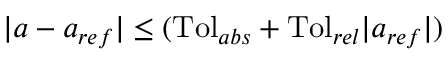
| a - a _ { r e f } | \leq ( \mathrm { T o l } _ { a b s } + \mathrm { T o l } _ { r e l } | a _ { r e f } | )